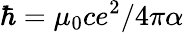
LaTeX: \hbar=\mu_{0}ce^{2}/4\pi\alpha